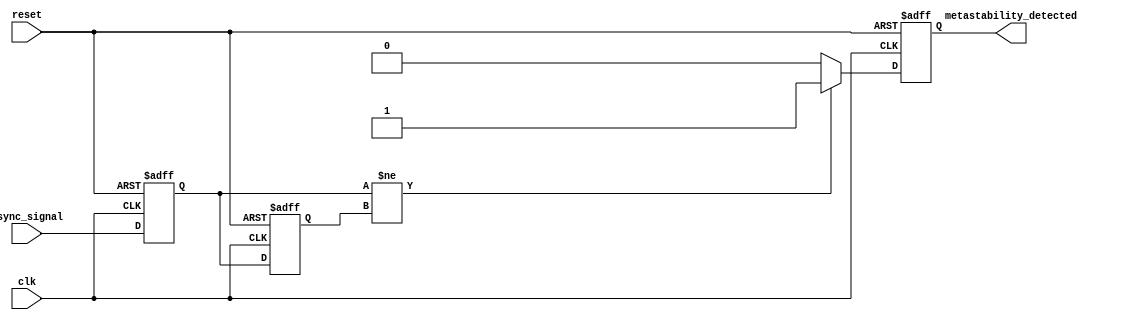
module MetastabilityDetector (
    input wire clk,                  // Clock signal
    input wire async_signal,         // Asynchronous input signal
    input wire reset,                // Asynchronous reset signal
    output reg metastability_detected // Metastability detection output
);

    // Internal signals for flip-flop outputs
    reg ff1_out; // Output of the first flip-flop
    reg ff2_out; // Output of the second flip-flop

    // Flip-flop 1: Samples the asynchronous input signal
    always @(posedge clk or posedge reset) begin
        if (reset) begin
            ff1_out <= 1'b0; // Reset state
        end else begin
            ff1_out <= async_signal; // Sample input signal
        end
    end

    // Flip-flop 2: Samples the output of the first flip-flop
    always @(posedge clk or posedge reset) begin
        if (reset) begin
            ff2_out <= 1'b0; // Reset state
        end else begin
            ff2_out <= ff1_out; // Sample output of first flip-flop
        end
    end

    // Metastability detection logic
    always @(posedge clk or posedge reset) begin
        if (reset) begin
            metastability_detected <= 1'b0; // Reset detected state
        end else begin
            // Detect metastability condition:
            // We assume a simple condition where metastability is detected if
            // the output of the first flip-flop changes just before the second flip-flop captures it.
            if (ff1_out != ff2_out) begin
                metastability_detected <= 1'b1; // Metastability condition detected
            end else begin
                metastability_detected <= 1'b0; // No metastability condition
            end
        end
    end

endmodule